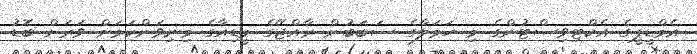
އެމްޑީޕީގެ އެކްޓިވިސްޓުންގެ މި ހަމަލާގެ ސަބަބުން ރާއްޖޭގެ މީޑިއާގެ މިނިވަންކަމަށް ވަރަށް ބޮޑު